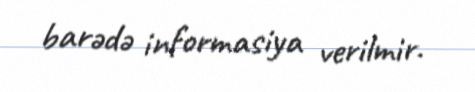
barədə informasiya verilmir.